Note on the mental hospitals in Burma - 1925-1940
Year: 1925
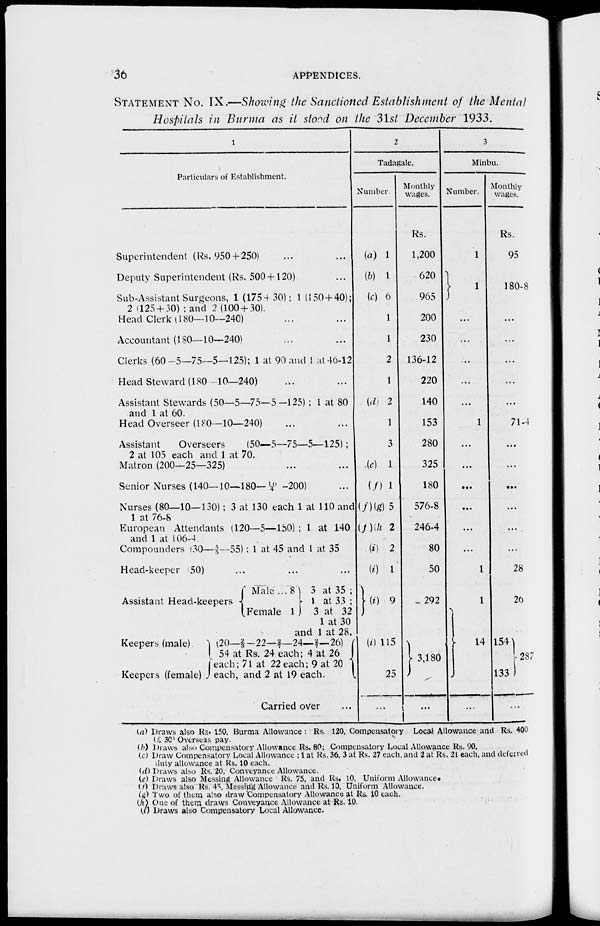
36
APPENDICES.
STATEMENT No. IX.—Showing the Sanctioned Establishment of the Mental
Hospitals in Burma as it stood on the 31st December 1933.
1
Particulars of Establishment.
Superintendent (Rs. 950 + 250) ... ...
Deputy Superintendent (Rs. 500 + 120) ...
Sub-Assistant Surgeons, 1 (175+30); 1 (150 + 40);
2 (125 + 30) :and 2(100 + 30).
Head Clerk (180—10—240) ... ...
Accountant (180—10—240) ... ...
Clerks (60—5—75—5—125); 1 at 90 and 1 at 46-12
Head Steward (180—10—240) ... ...
Assistant Stewards (50—5—75—5—125) ; 1 at 80
and 1 at 60.
Head Overseer (180—10—240) ... ...
Assistant
Overseers (50—5—75—5—125) ;
2 at 105 each and 1 at 70.
Matron (200—25—325) ... ...
Senior Nurses (140—10—180—10/4 -200) ..
Nurses (80—10—130) ; 3 at 130 each 1 at 110 and
1 at 76-8
European Attendants (120—5—150) ; 1 at 140
and 1 at 106-4.
Compounders (30—3/5—55) ; 1 at 45 and 1 at 35
Head-keeper 50) ... ... ...
Assistant Head-keepers
Keepers (male)
Keepers (female)
Male ...
Female
8
1
3 at 35 ;
1 at 33 ;
3 at 32
1 at 30
and 1 at 28.
(20—2/3—22—2/3—24—2/7-26)
54 at Rs. 24 each; 4 at 26
each; 71 at 22 each; 9 at 20
each, and 2 at 19 each.
Carried over
2
Tadagale.
Number.
(a) 1
(b) 1
(c) 6
1
1
2
1
(d) 2
1
3
(e) 1
(f) 1
(f)(g) 5
(f)h 2
(i) 2
(i) 1
(i) 9
(i) 115
25
...
Monthly
wages.
Rs.
1,200
620
965
200
230
136-12
220
140
153
280
325
180
576-8
246-4
80
50
292
3,180
...
3
Minbu.
Number.
1
1
...
...
...
...
...
1
...
...
...
...
...
...
1
1
14
...
Monthly
wages.
Rs.
95
180-8
...
...
...
...
...
71-4
...
...
...
...
...
...
28
26
154
133
287
...
(a) Draws also Rs. 150, Burma Allowance: Rs. 120. Compensatory Local Allowance and Rs. 400
(£ 30) Overseas pay.
(b) Draws also Compensatory Allowance Rs. 80; Compensatory Local Allowance Rs. 90,
(c) Draw Compensatory Local Allowance ; 1 at Rs. 36. 3 at Rs. 27 each, and 2 at Rs. 21 each, and deferred
duty allowance at Rs. 10 each.
(d) Draws also Rs. 20, Conveyance Allowance.
(e) Draws also Messing Allowance Rs. 75, and Rs. 10, Uniform Allowance.
(f) Draws also Rs. 45, Messing Allowance and Rs. 10, Uniform Allowance.
(g) Two of them also draw Compensatory Allowance at Rs. 10 each.
(h) One of them draws Conveyance Allowance at Rs. 10.
(i) Draws also Compensatory Local Allowance.